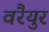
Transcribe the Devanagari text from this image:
वरैयुर